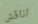
اناقش